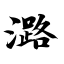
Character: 潞